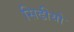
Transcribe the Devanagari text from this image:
सिढीयो